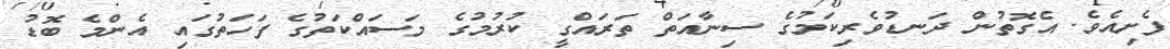
ފެށިއެވެ. އެގޮތުން ދަނޑުވެރިކަމުގެ ސިނާއަތް ތަރައްގީ ކުރުމުގެ މަސައްކަތުގެ ފަހަތުގައި އެންމެ ބޮޑު